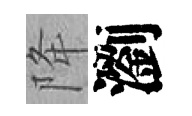
降瀏